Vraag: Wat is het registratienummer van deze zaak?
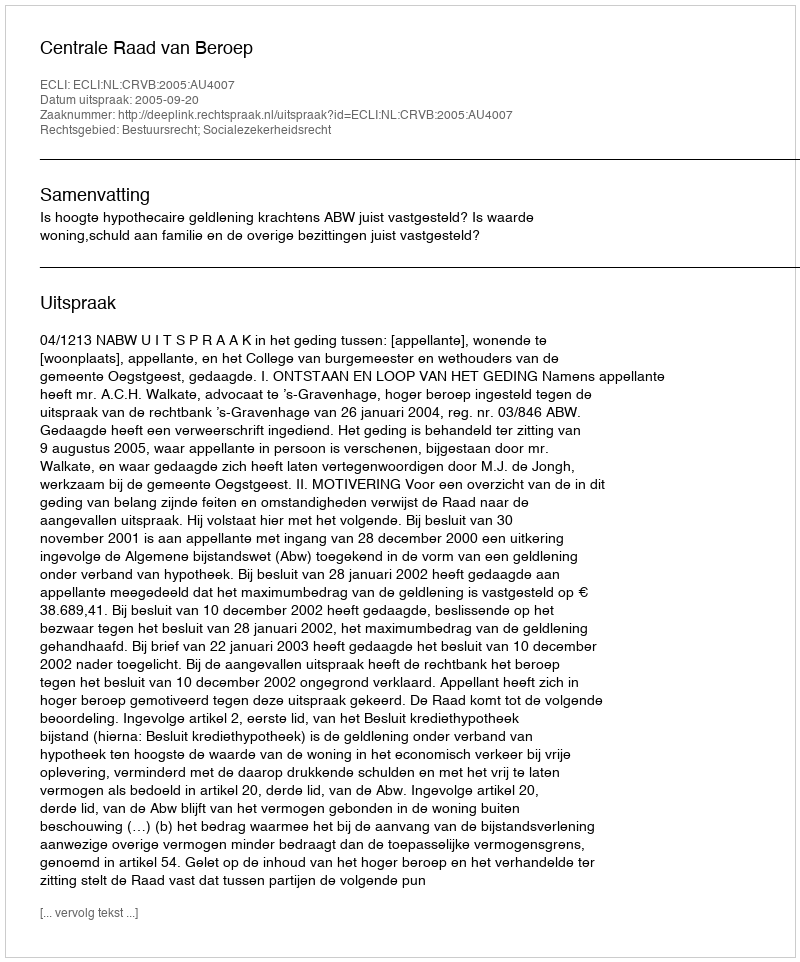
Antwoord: http://deeplink.rechtspraak.nl/uitspraak?id=ECLI:NL:CRVB:2005:AU4007